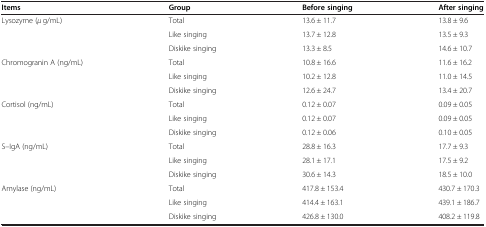
<table><thead><tr><td><b>Items</b></td><td><b>Group</b></td><td><b>Before singing</b></td><td><b>After singing</b></td></tr></thead><tbody><tr><td rowspan="3">Lysozyme (<i>μ</i> g/mL)</td><td>Total</td><td>13.6 ± 11.7</td><td>13.8 ± 9.6</td></tr><tr><td>Like singing</td><td>13.7 ± 12.8</td><td>13.5 ± 9.3</td></tr><tr><td>Diskike singing</td><td>13.3 ± 8.5</td><td>14.6 ± 10.7</td></tr><tr><td rowspan="3">Chromogranin A (ng/mL)</td><td>Total</td><td>10.8 ± 16.6</td><td>11.6 ± 16.2</td></tr><tr><td>Like singing</td><td>10.2 ± 12.8</td><td>11.0 ± 14.5</td></tr><tr><td>Diskike singing</td><td>12.6 ± 24.7</td><td>13.4 ± 20.7</td></tr><tr><td rowspan="3">Cortisol (ng/mL)</td><td>Total</td><td>0.12 ± 0.07</td><td>0.09 ± 0.05</td></tr><tr><td>Like singing</td><td>0.12 ± 0.07</td><td>0.09 ± 0.05</td></tr><tr><td>Diskike singing</td><td>0.12 ± 0.06</td><td>0.10 ± 0.05</td></tr><tr><td rowspan="3">S–IgA (ng/mL)</td><td>Total</td><td>28.8 ± 16.3</td><td>17.7 ± 9.3</td></tr><tr><td>Like singing</td><td>28.1 ± 17.1</td><td>17.5 ± 9.2</td></tr><tr><td>Diskike singing</td><td>30.6 ± 14.3</td><td>18.5 ± 10.0</td></tr><tr><td rowspan="2">Amylase (ng/mL)</td><td>Total</td><td>417.8 ± 153.4</td><td>430.7 ± 170.3</td></tr><tr><td>Like singing</td><td>414.4 ± 163.1</td><td>439.1 ± 186.7</td></tr><tr><td> </td><td>Diskike singing</td><td>426.8 ± 130.0</td><td>408.2 ± 119.8</td></tr></tbody></table>